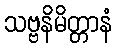
သဗ္ဗနိမိတ္တာနံ